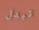
تبدل